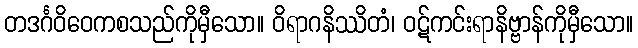
တဒင်္ဂဝိဝေကစသည်ကိုမှီသော။ ဝိရာဂနိဿိတံ၊ ဝဋ်ကင်းရာနိဗ္ဗာန်ကိုမှီသော။